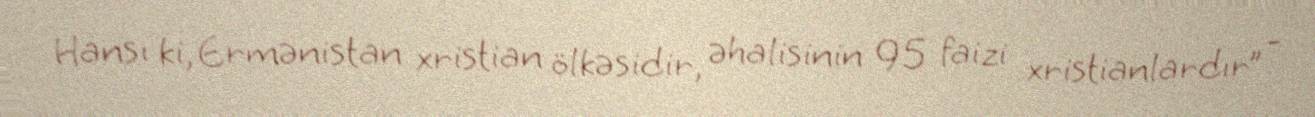
Hansı ki, Ermənistan xristian ölkəsidir, əhalisinin 95 faizi xristianlardır” -